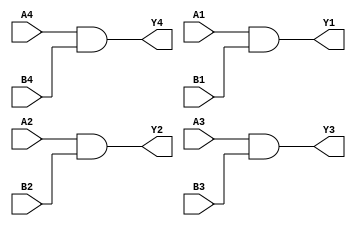
module mod_7409 (
	input A1, input B1, output Y1, 
	input A2, input B2, output Y2, 
	input A3, input B3, output Y3, 
	input A4, input B4, output Y4
);
	assign Y1 = A1 & B1;
	assign Y2 = A2 & B2;
	assign Y3 = A3 & B3;
	assign Y4 = A4 & B4;
endmodule